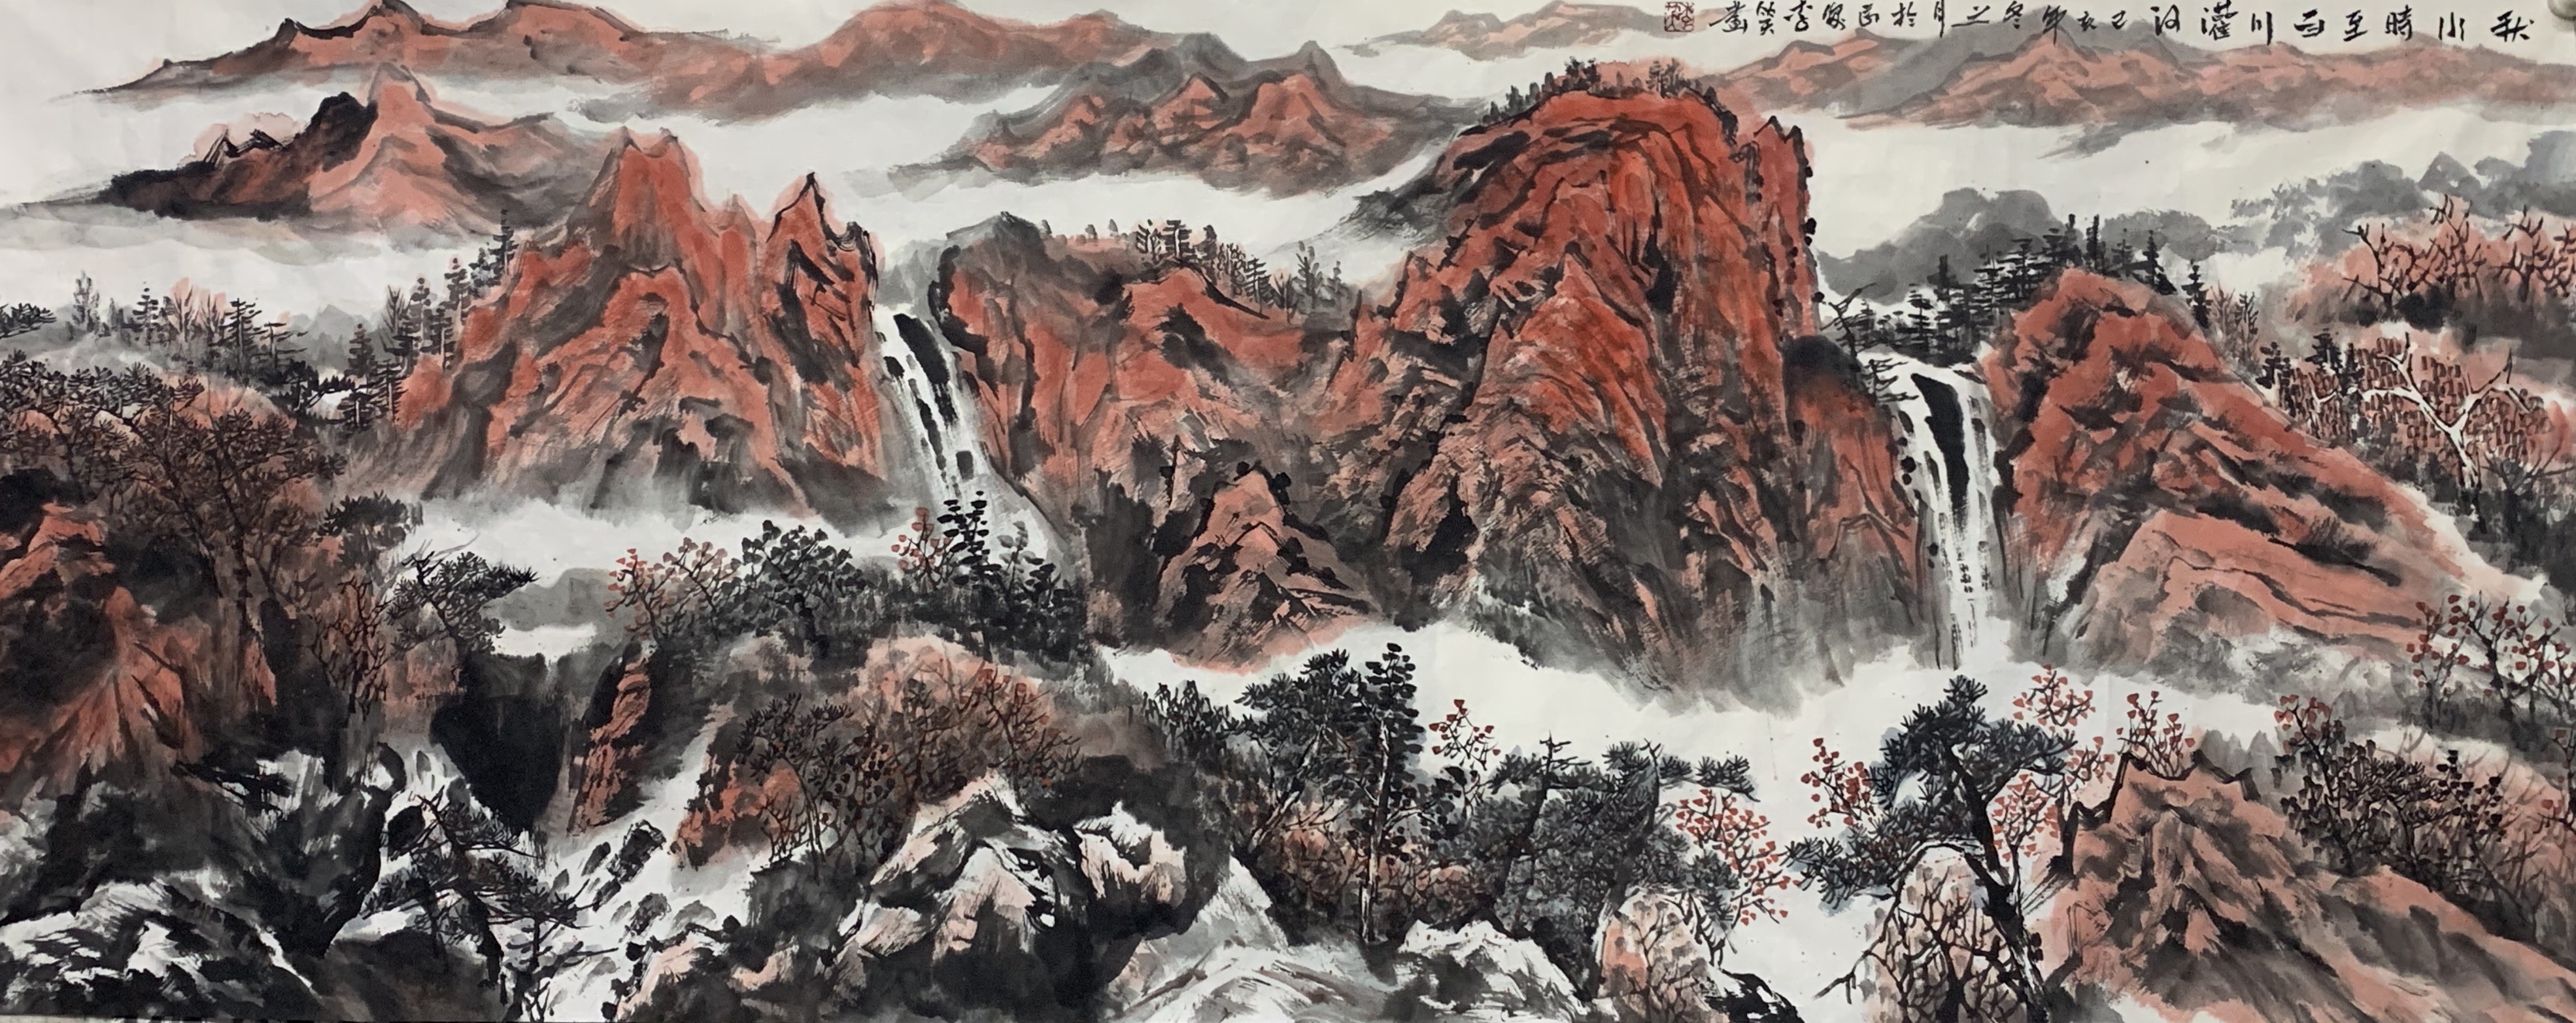
秋水时至，百川灌河。